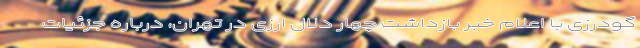
گودرزی با اعلام خبر بازداشت چهار دلال ارزی در تهران، درباره جزئیات